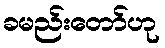
ခမည်းတော်ဟု